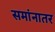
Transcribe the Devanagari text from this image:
समांनातर